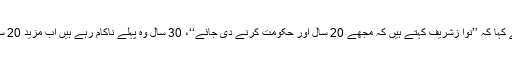
فواد چوہدری نے کہا کہ ’’نوا زشریف کہتے ہیں کہ مجھے 20 سال اور حکومت کرنے دی جائے‘‘، 30 سال وہ پہلے ناکام رہے ہیں اب مزید 20 سال اور دے دیں؟